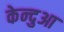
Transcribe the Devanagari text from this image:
केन्‍दुआ